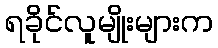
ရခိုင်လူမျိုးများက